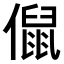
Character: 𠏙